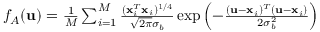
\begin{array} { r } { f _ { A } ( \mathbf { u } ) = \frac { 1 } { M } \sum _ { i = 1 } ^ { M } \frac { ( \mathbf { x } _ { i } ^ { T } \mathbf { x } _ { i } ) ^ { 1 / 4 } } { \sqrt { 2 \pi } \sigma _ { b } } \exp { \left( - \frac { ( \mathbf { u } - \mathbf { x } _ { i } ) ^ { T } ( \mathbf { u } - \mathbf { x } _ { i } ) } { 2 \sigma _ { b } ^ { 2 } } \right) } } \end{array}